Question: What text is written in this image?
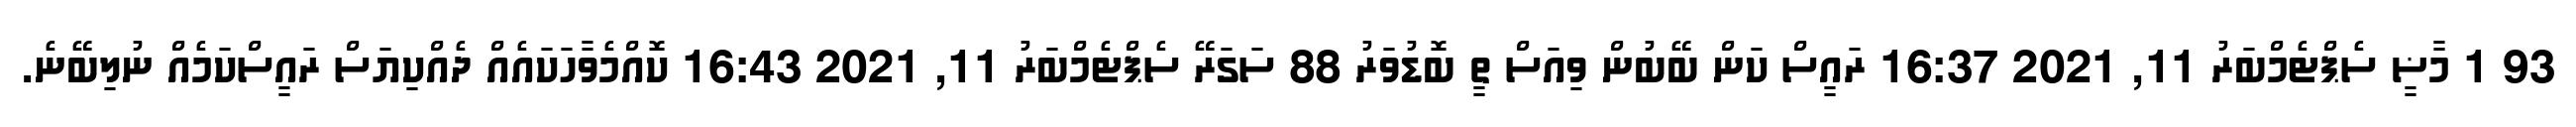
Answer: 93 1 މާޟީ ސެޕްޓެމްބަރު 11, 2021 16:37 ރައީސް ކަން ބޭބުން ވިއަސް ތީ ބޮޑުވަރު 88 ސަގަރޭ ސެޕްޓެމްބަރު 11, 2021 16:43 ކޮއްމެވާހަކައެއް ދެއްކިޔަސް ރައީސްކަމެއް ނުލިބޭނެ.